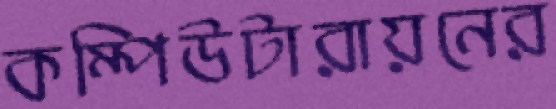
কম্পিউটারায়নের